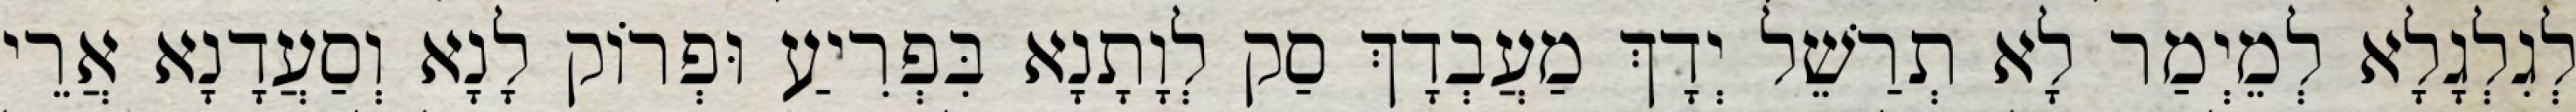
לְגִלְגָלָא לְמֵיְמַר לָא תְרַשֵׁל יְדָךְ מַעֲבְדָךְ סַק לְוָתָנָא בִּפְרִיעַ וּפְרוֹק לָנָא וְסַעֲדָנָא אֲרֵי